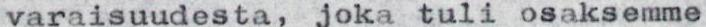
varaisuudesta, joka tuli osaksemme